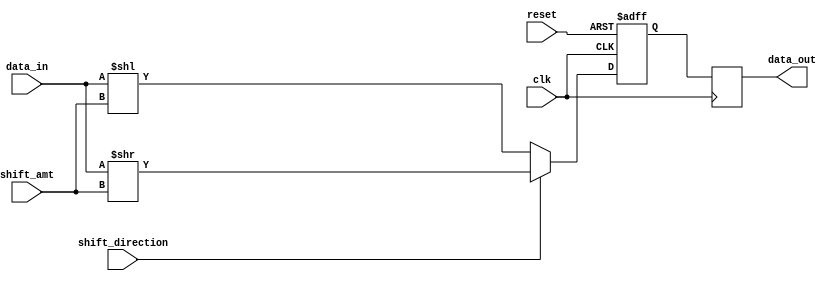
module barrel_shifter(
    input wire clk,
    input wire reset,
    input wire [7:0] data_in,
    input wire [2:0] shift_amt,
    input wire shift_direction,
    output reg [7:0] data_out
);

reg [7:0] shifted_data;

always @(posedge clk or posedge reset) begin
    if (reset) begin
        shifted_data <= 8'b0;
    end else begin
        if (shift_direction) begin
            shifted_data <= data_in >> shift_amt;
        end else begin
            shifted_data <= data_in << shift_amt;
        end
    end
end

always @(posedge clk) begin
    data_out <= shifted_data;
end

endmodule